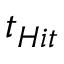
t _ { H i t }